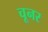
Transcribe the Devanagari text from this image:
चूनर